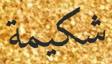
شكيمة